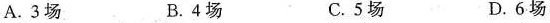
A.3场 B.4场 C.5场 D.6场